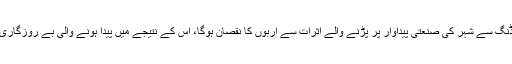
اس بات پر سوچنا گوارہ نہیں کیا گیا کہ لوڈ شیڈنگ سے شہر کی صنعتی پیداوار پر پڑنے والے اثرات سے اربوں کا نقصان ہوگا، اس کے نتیجے میں پیدا ہونے والی بے روزگاری سے ایس ایس جی سی کو کوئی سروکار نہیں۔